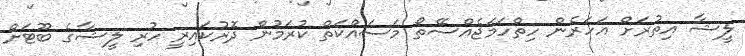
ލީޝާ އިތުރަށް އަހަރެން ހިތްހަމަޖެއްސޭތޯ މަސައްކަތް ކުރަމުން ދޮރުކައިރީ ހުރި ލީޝާގެ ބޫޓަށް